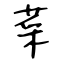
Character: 菜